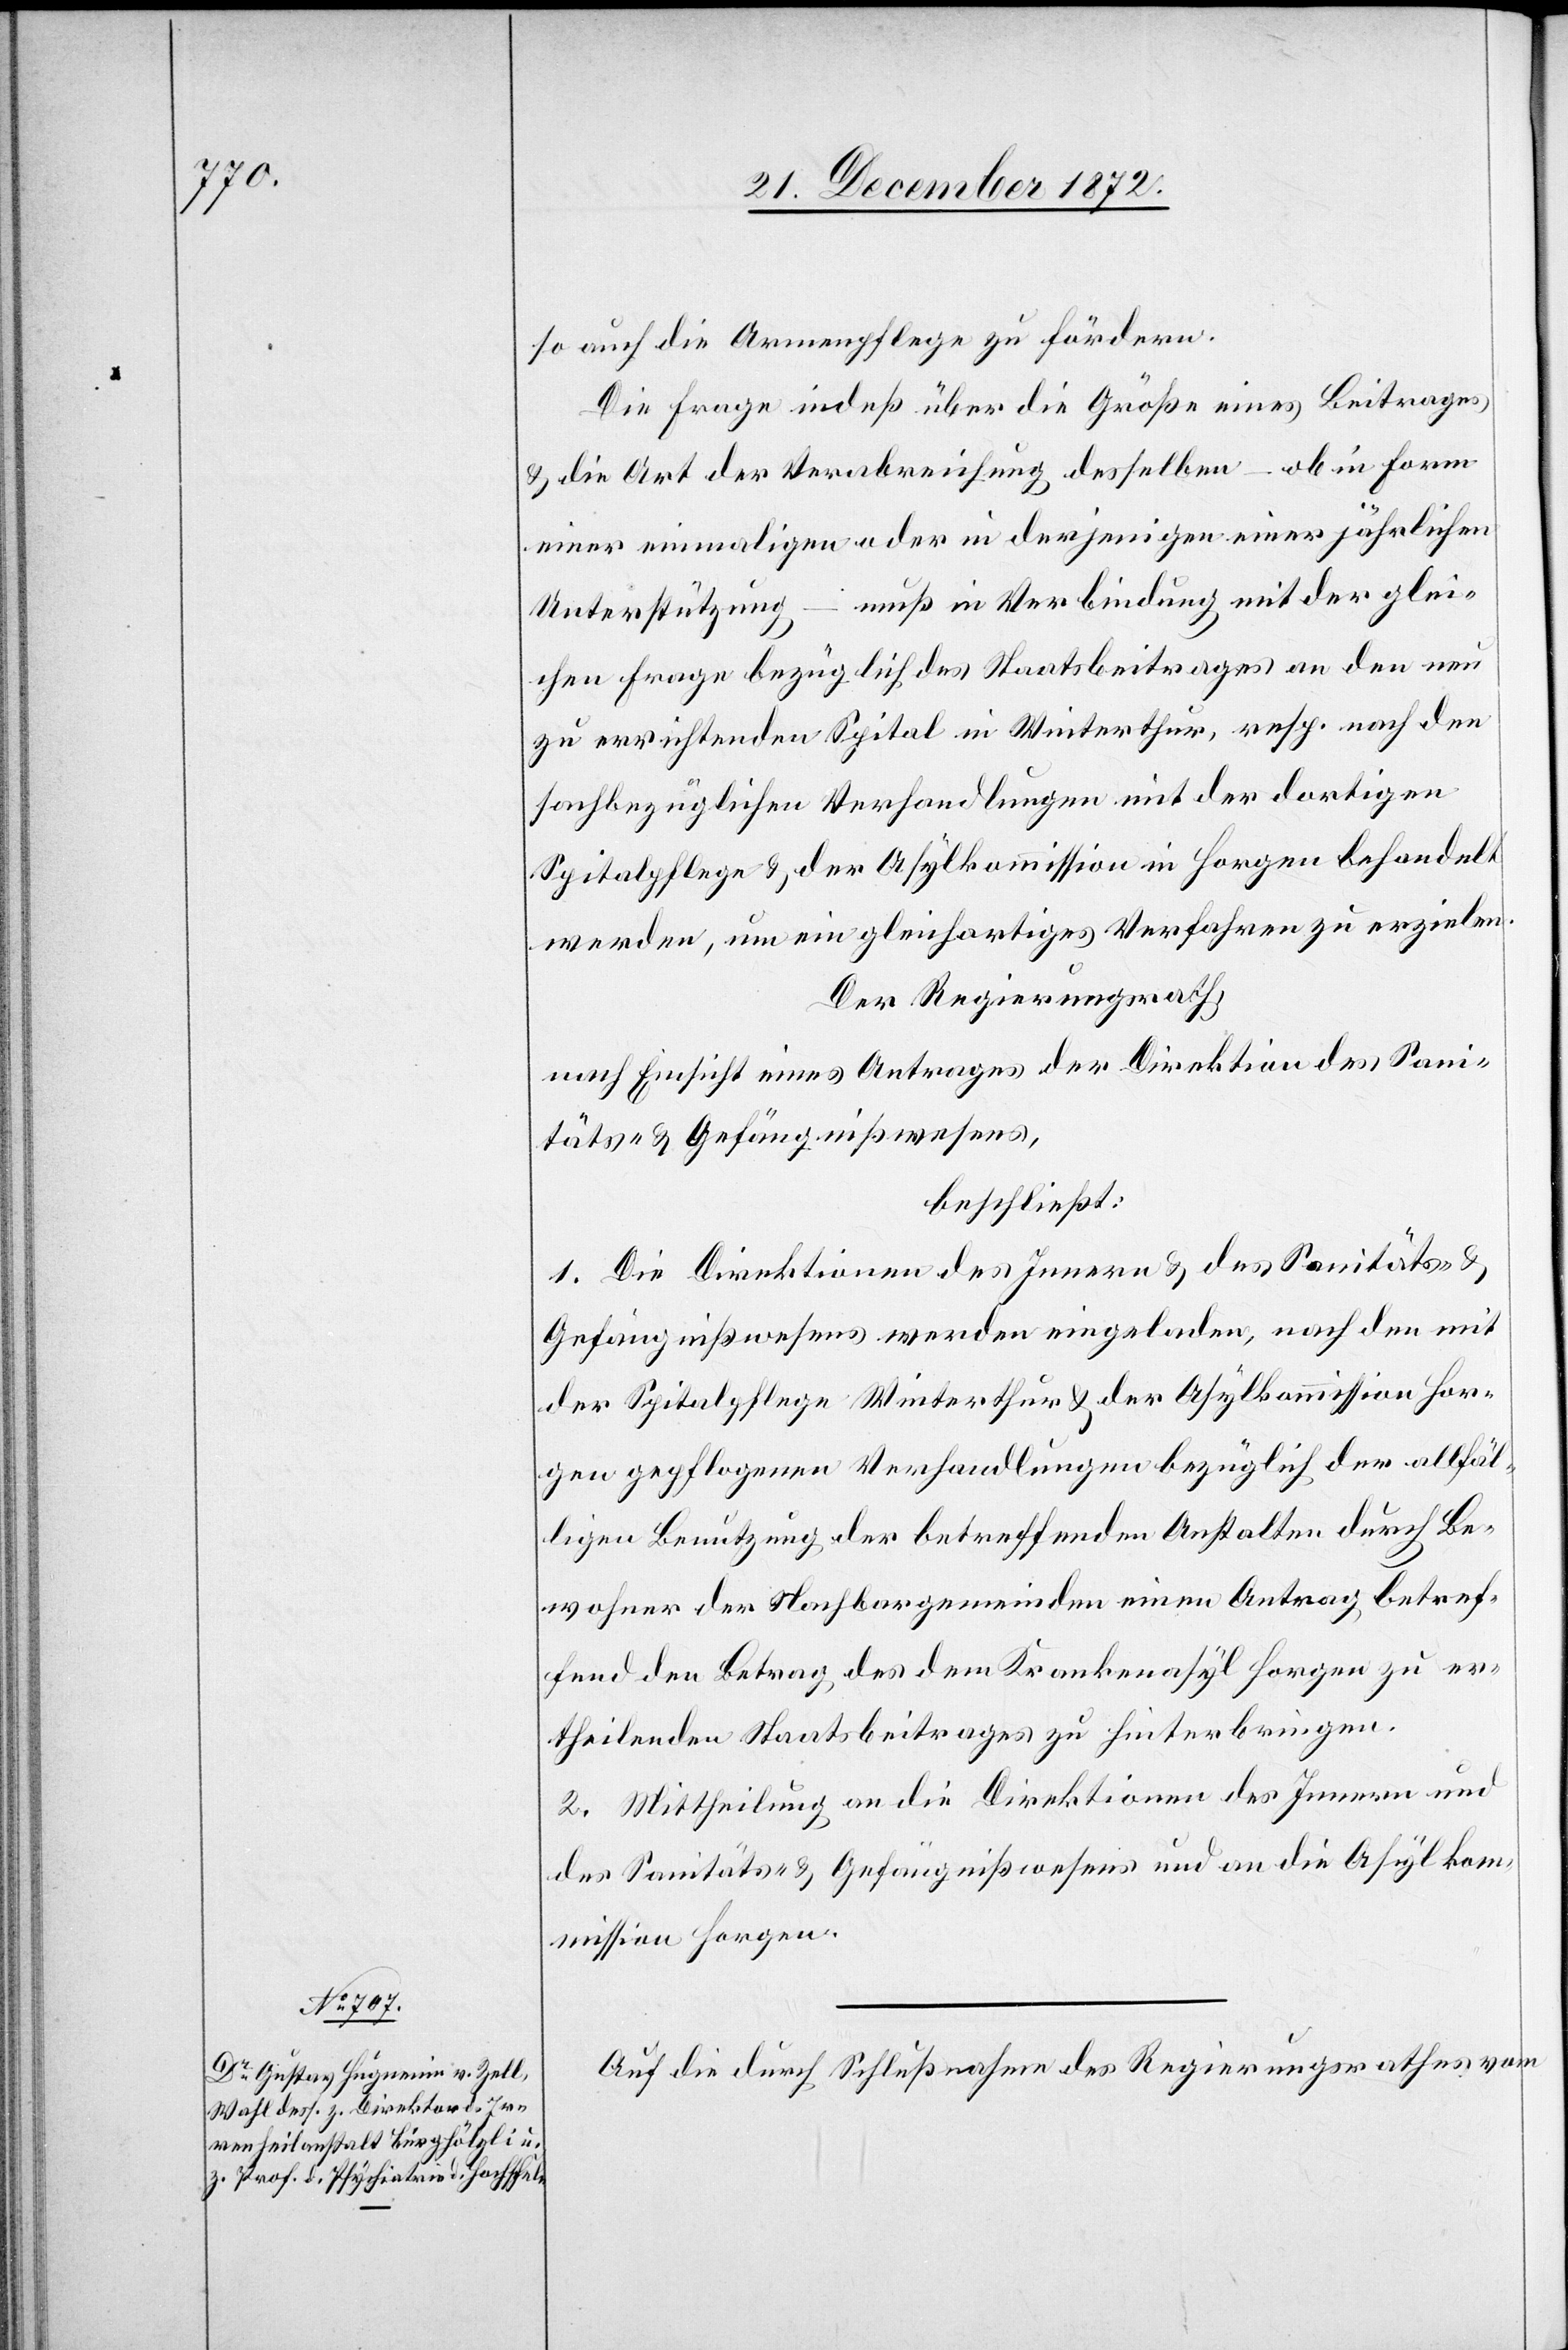
so auch die Armenpflege zu fördern.
Die Frage indeß über die Größe eines Beitrages
u. die Art der Verabreichung desselben – ob in Form
einer einmaligen oder in derjenigen einer jährlichen
Unterstützung – muß in Verbindung mit der glei¬
chen Frage bezüglich des Staatsbeitrages an den neu
zu errichtenden Spital in Winterthur, resp. nach den
sachbezüglichen Verhandlungen mit der dortigen
Spitalpflege u. der Asylkommission in Horgen behandelt
werden, um ein gleichartiges Verfahren zu erzielen.
Der Regierungsrath,
nach Einsicht eines Antrages der Direktion des Sani¬
täts- u. Gefängnißwesens,
beschließt:
1. Die Direktionen des Innern u. des Sanitäts- u.
Gefängnißwesens werden eingeladen, nach den mit
der Spitalpflege Winterthur u. der Asylkommission Hor¬
gen gepflogenen Verhandlungen bezüglich der allfäl¬
ligen Benutzung der betreffenden Anstalten durch Be¬
wohner der Nachbargemeinden einen Antrag betref¬
fend den Betrag des dem Krankenasyl Horgen zu er¬
theilenden Staatsbeitrages zu hinterbringen.
2. Mittheilung an die Direktionen des Innern und
des Sanitäts- u. Gefängnißwesens und an die Asylkom¬
mission Horgen.
Auf die durch Schlußnahme des Regierungsrathes vom